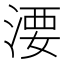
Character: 㴗